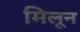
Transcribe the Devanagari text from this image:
मिलून